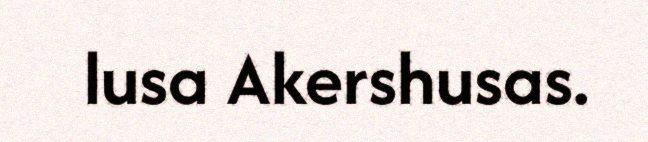
lusa Akershusas.